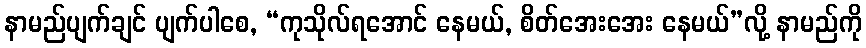
နာမည်ပျက်ချင် ပျက်ပါစေ, “ကုသိုလ်ရအောင် နေမယ်, စိတ်အေးအေး နေမယ်”လို့ နာမည်ကို